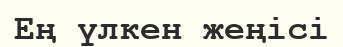
Ең үлкен жеңісі